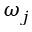
\omega _ { j }